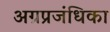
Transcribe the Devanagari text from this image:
अग्रप्रजंधिका